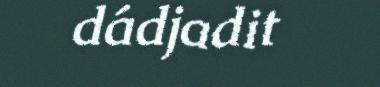
dádjadit